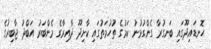
ހޮނޑައިދޫގައި ބަނގުރާ ގެންގުޅުނު ކަމުގެ ތުހުމަތުގައި ކާށިދޫ ދާއިރާގެ މެންބަރު އަބްދު ޖާބިރުގެ